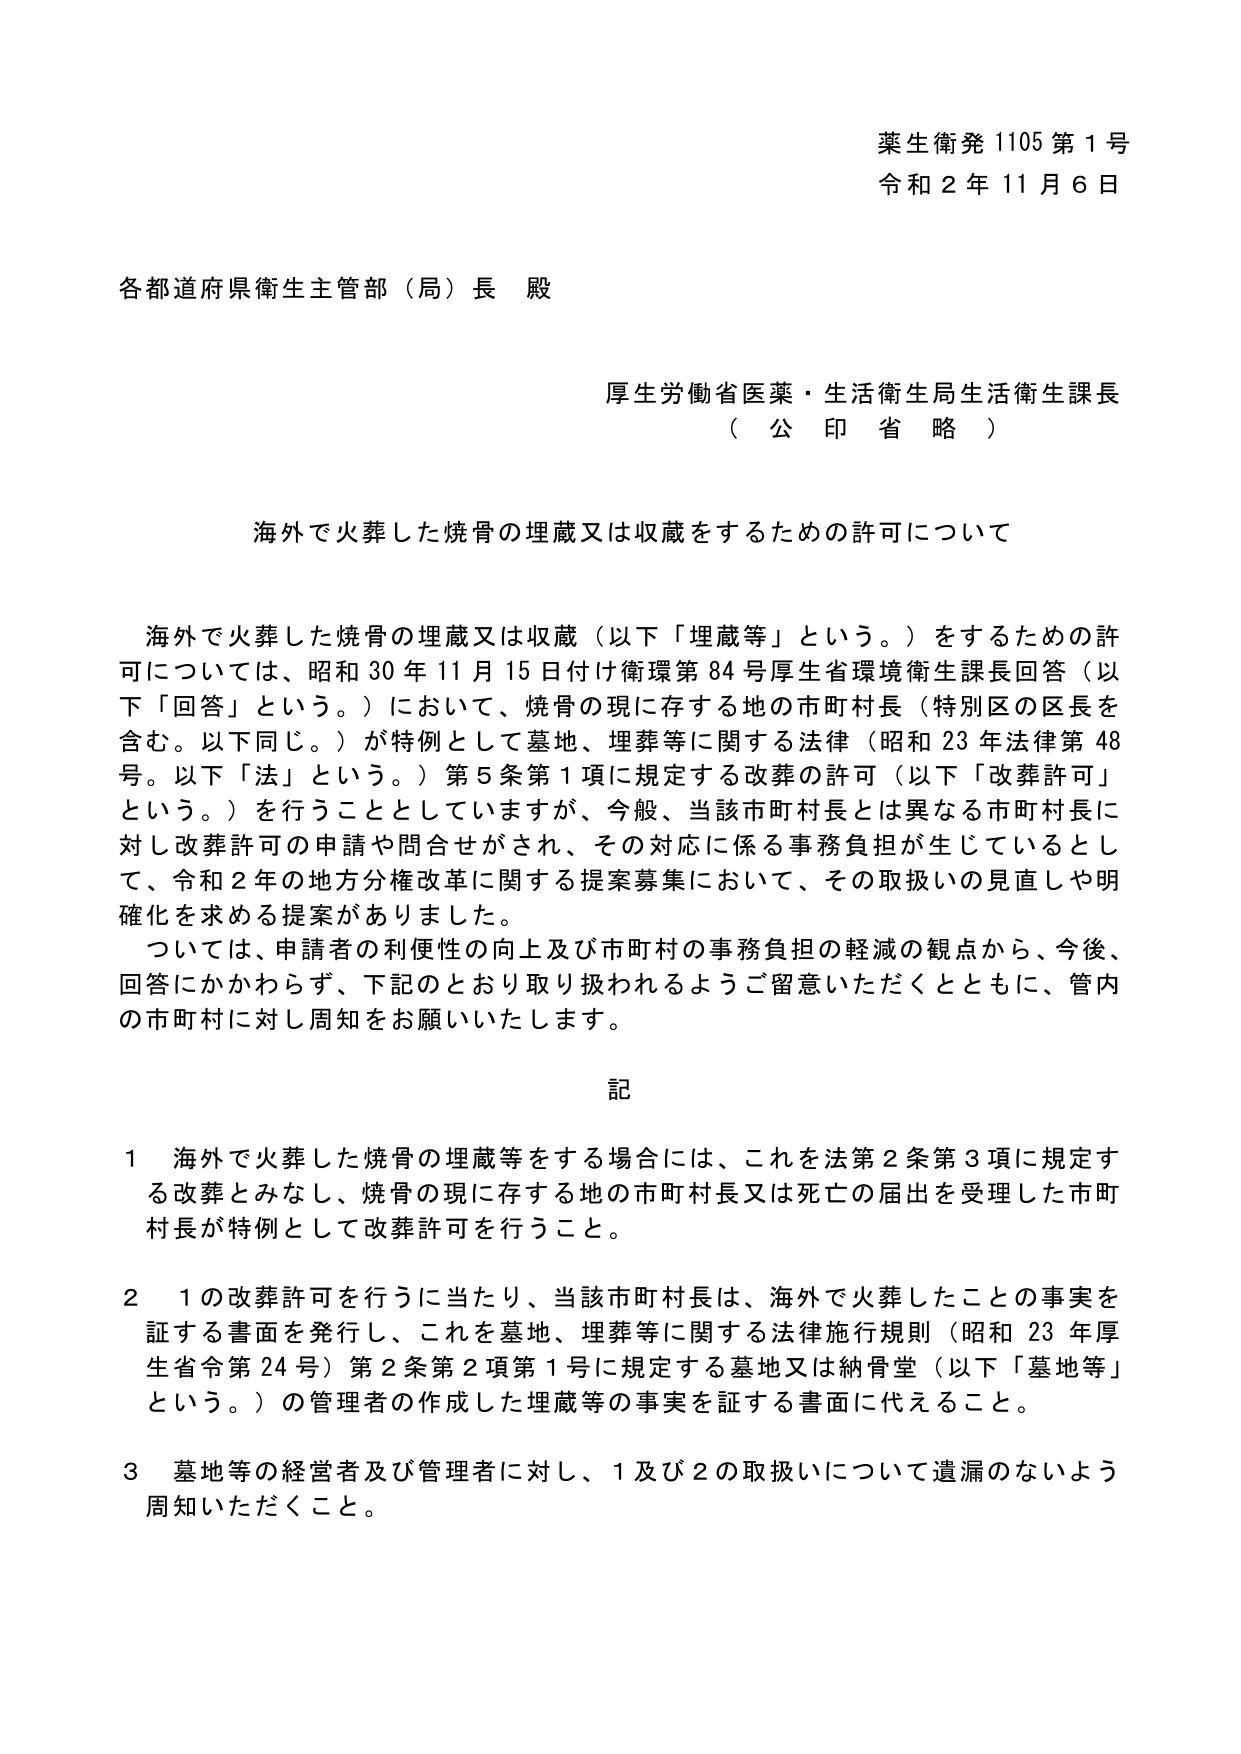
薬生衛発 1105 第 1 号
令和 2 年 11 月 6 日

各都道府県衛生主管部（局）長 殿

厚生労働省医薬・生活衛生局生活衛生課長
（公印省略）

海外で火葬した焼骨の埋蔵又は収蔵をするための許可について

海外で火葬した焼骨の埋蔵又は収蔵（以下「埋蔵等」という。）をするための許可については、昭和 30 年 11 月 15 日付け衛環第 84 号厚生省環境衛生課長回答（以下「回答」という。）において、焼骨の現に存する地の市町村長（特別区の区長を含む。以下同じ。）が特例として墓地、埋葬等に関する法律（昭和 23 年法律第 48 号。以下「法」という。）第 5 条第 1 項に規定する改葬の許可（以下「改葬許可」という。）を行うこととしていますが、今般、当該市町村長とは異なる市町村長に対し改葬許可の申請や問合せがされ、その対応に係る事務負担が生じているとして、令和 2 年の地方分権改革に関する提案募集において、その取扱いの見直しや明確化を求める提案がありました。
ついては、申請者の利便性の向上及び市町村の事務負担の軽減の観点から、今後、回答にかかわらず、下記のとおり取り扱われるようご留意いただくとともに、管内の市町村に対し周知をお願いいたします。

記

1 海外で火葬した焼骨の埋蔵等をする場合には、これを法第 2 条第 3 項に規定する改葬とみなし、焼骨の現に存する地の市町村長又は死亡の届出を受理した市町村長が特例として改葬許可を行うこと。

2 1 の改葬許可を行うに当たり、当該市町村長は、海外で火葬したことの事実を証する書面を発行し、これを墓地、埋葬等に関する法律施行規則（昭和 23 年厚生省令第 24 号）第 2 条第 2 項第 1 号に規定する墓地又は納骨堂（以下「墓地等」という。）の管理者の作成した埋蔵等の事実を証する書面に代えること。

3 墓地等の経営者及び管理者に対し、1 及び 2 の取扱いについて遺漏のないよう周知いただくこと。